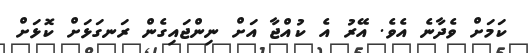
ކަމަށް ވެދާނެ އެވެ. އޭރު އެ ކުއްޖާ އަށް ނިންޖައިގެން ރަނގަޅަށް ކޮޅަށް